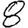
Digit: 8